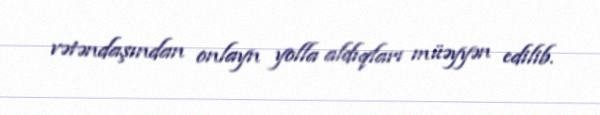
vətəndaşından onlayn yolla aldıqları müəyyən edilib.